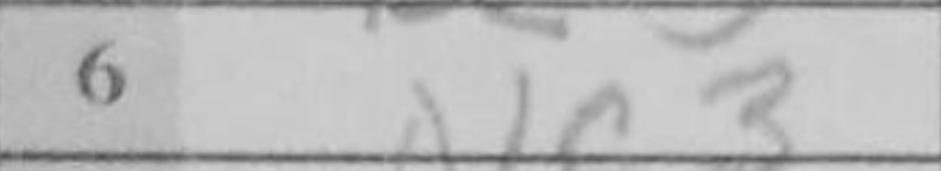
Transcription: Nc3